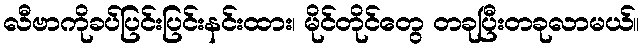
လီဗာကိုခပ်ပြင်းပြင်းနင်းထား၊ မိုင်တိုင်တွေ တခုပြီးတခုလာမယ်။